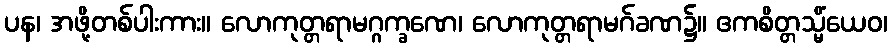
ပန၊ အဖို့တစ်ပါးကား။ လောကုတ္တရာမဂ္ဂက္ခဏေ၊ လောကုတ္တရာမဂ်ခဏ၌။ ဧကစိတ္တသ္မိံယေဝ၊